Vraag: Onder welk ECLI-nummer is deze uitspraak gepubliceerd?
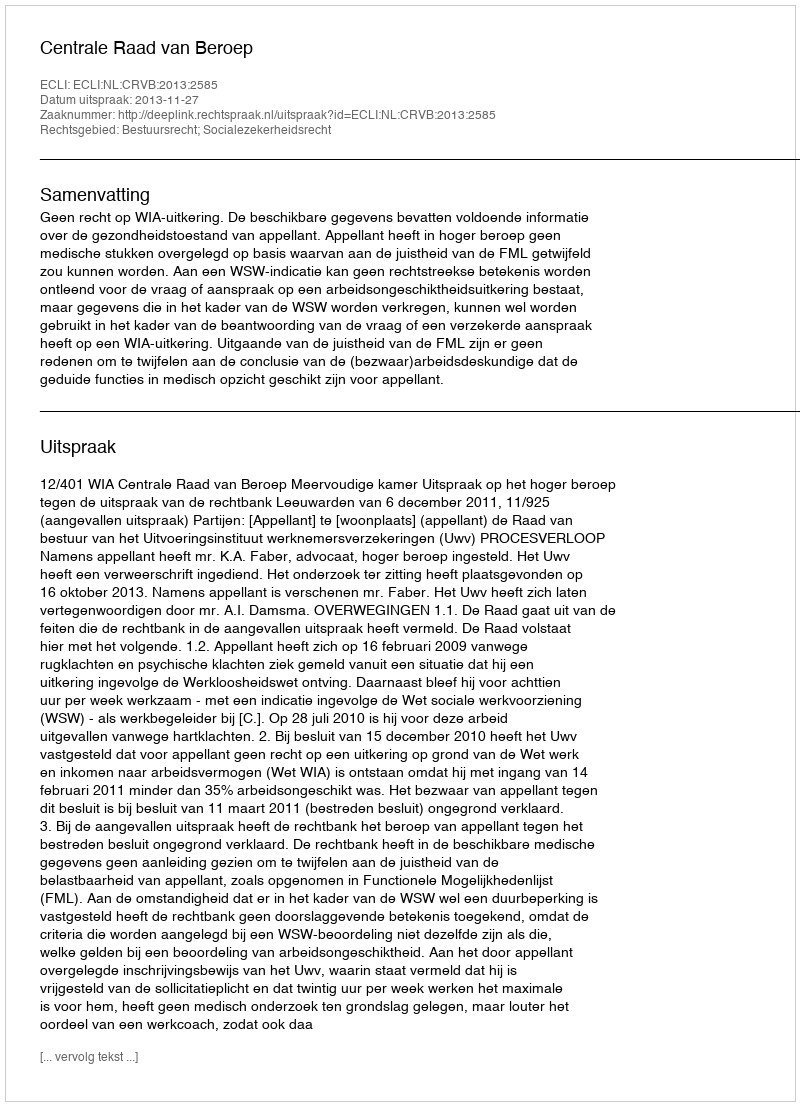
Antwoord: ECLI:NL:CRVB:2013:2585